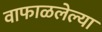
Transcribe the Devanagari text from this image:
वाफाळलेल्या